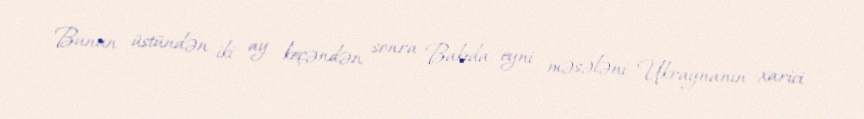
Bunun üstündən iki ay keçəndən sonra Bakıda eyni məsələni Ukraynanın xarici